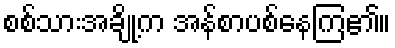
စစ်သားအချို့က အန်စာပစ်နေကြ၏။